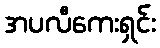
အပလီကေးရှင်း